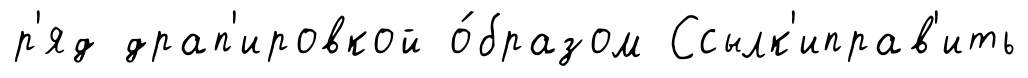
р'яд драп'ировкой о́бразом Ссылк'иправ'ить